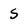
Character: S